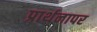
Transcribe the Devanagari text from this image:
प्रार्थनापर